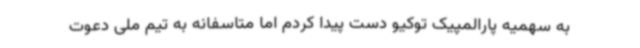
به سهمیه پارالمپیک توکیو دست پیدا کردم اما متاسفانه به تیم ملی دعوت